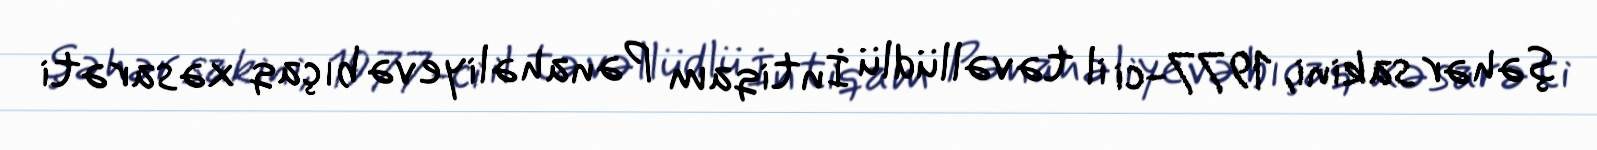
şəhər sakini, 1977-ci il təvəllüdlü İntiqam Pənahəliyevə bıçaq xəsarəti